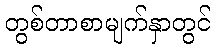
တွစ်တာစာမျက်နှာတွင်